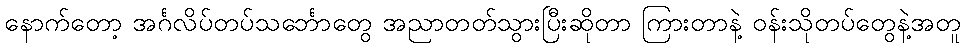
နောက်တော့ အင်္ဂလိပ်တပ်သင်္ဘောတွေ အညာတတ်သွားပြီးဆိုတာ ကြားတာနဲ့ ဝန်းသိုတပ်တွေနဲ့အတူ